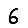
Digit: 6